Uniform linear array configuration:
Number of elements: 8
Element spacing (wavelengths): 0.25
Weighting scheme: kaiser
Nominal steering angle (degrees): -30
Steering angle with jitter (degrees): -29.753
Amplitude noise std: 0.05
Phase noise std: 0.05

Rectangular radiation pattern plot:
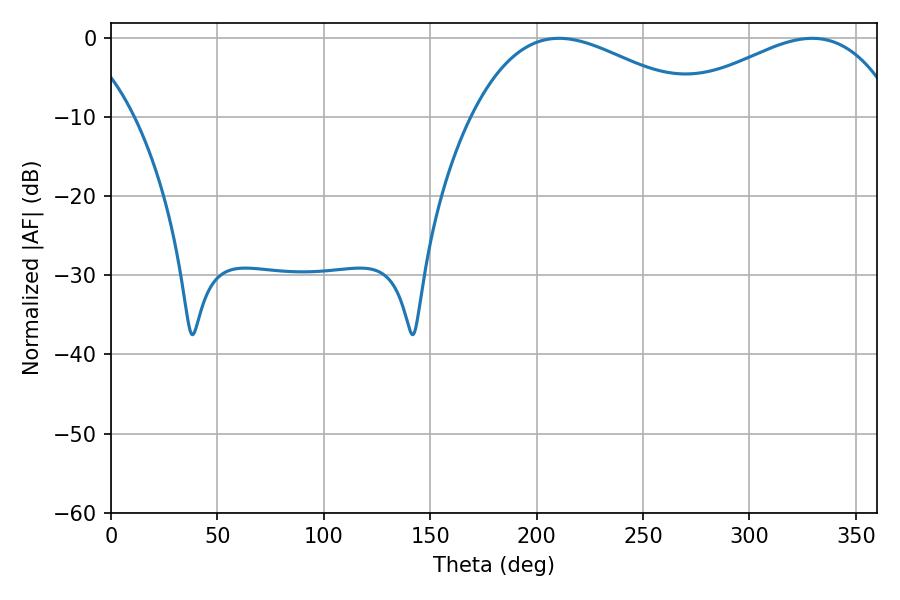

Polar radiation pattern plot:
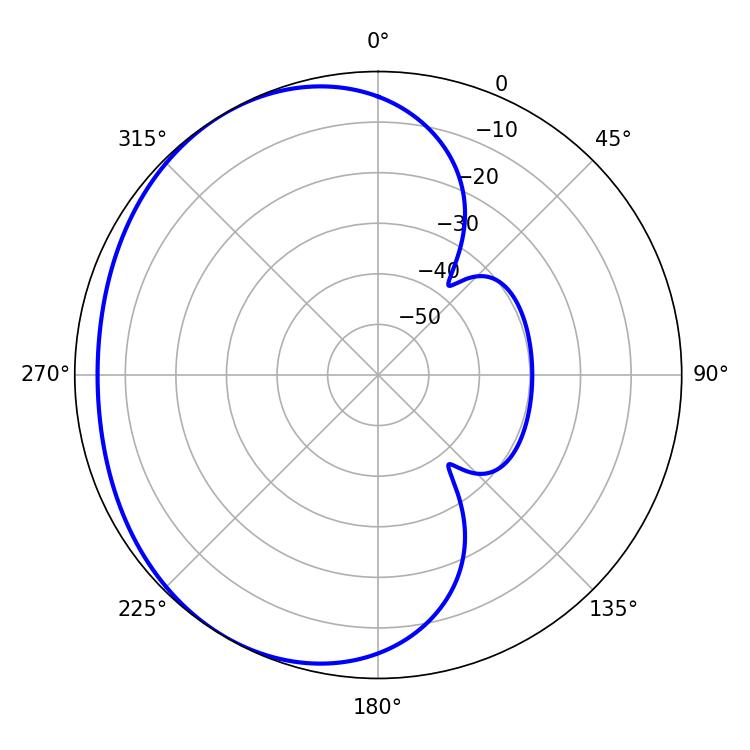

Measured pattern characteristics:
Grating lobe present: FALSE
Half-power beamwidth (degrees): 59.4
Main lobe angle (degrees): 210.6